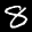
Label: 8